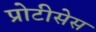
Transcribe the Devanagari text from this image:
प्रोटीसेस